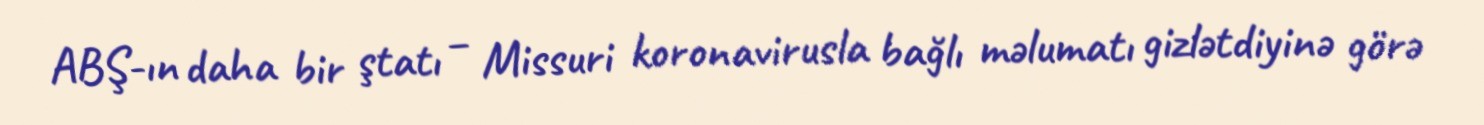
ABŞ-ın daha bir ştatı – Missuri koronavirusla bağlı məlumatı gizlətdiyinə görə